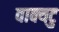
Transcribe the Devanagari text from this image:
वाक्यटु